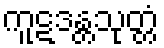
ကူဋဒန္တသုတ္တံ